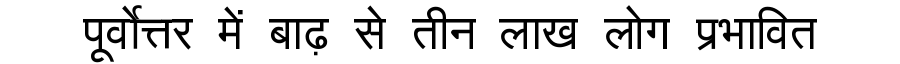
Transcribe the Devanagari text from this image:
पूर्वोत्तर में बाढ़ से तीन लाख लोग प्रभावित